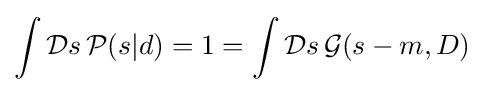
\int {\mathcal {D}}s\,{\mathcal {P}}(s|d)=1=\int {\mathcal {D}}s\,{\mathcal {G}}(s-m,D)